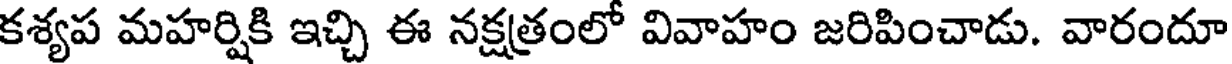
కశ్యప మహర్షికి ఇచ్చి ఈ నక్షత్రంలో వివాహం జరిపించాడు. వారందూ